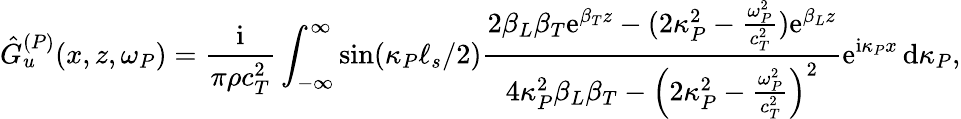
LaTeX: \hat{G}_{u}^{(P)}(x,z,\omega_{P})=\frac{\mathrm{i}}{\pi\rho c_{T}^{2}}\int_{-\infty}^{\infty}\sin(\kappa_{P}\ell_{s}/2)\frac{2\beta_{L}\beta_{T}\mathrm{e}^{\beta_{T}z}-(2\kappa_{P}^{2}-\frac{\omega_{P}^{2}}{c_{T}^{2}})\mathrm{e}^{\beta_{L}z}}{4\kappa_{P}^{2}\beta_{L}\beta_{T}-\left(2\kappa_{P}^{2}-\frac{\omega_{P}^{2}}{c_{T}^{2}}\right)^{2}}\mathrm{e}^{\mathrm{i}\kappa_{P}x}\, \mathrm{d}\kappa_{P},